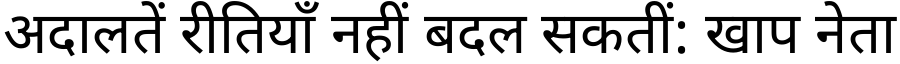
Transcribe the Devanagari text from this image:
अदालतें रीतियाँ नहीं बदल सकतीं: खाप नेता